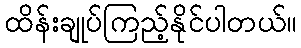
ထိန်းချုပ်ကြည့်နိုင်ပါတယ်။